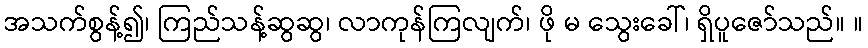
အသက်စွန့်၍၊ ကြည်သန့်ဆွဆွ၊ လာကုန်ကြလျက်၊ ဖို မ သွေးခေါ်၊ ရှိပူဇော်သည်။ ။